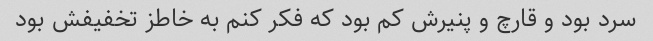
سرد بود و قارچ و پنیرش کم بود که فکر کنم به خاطز تخفیفش بود